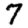
Digit: 7